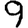
Digit: 9